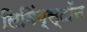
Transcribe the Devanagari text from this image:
लिविंग्स्टॉन